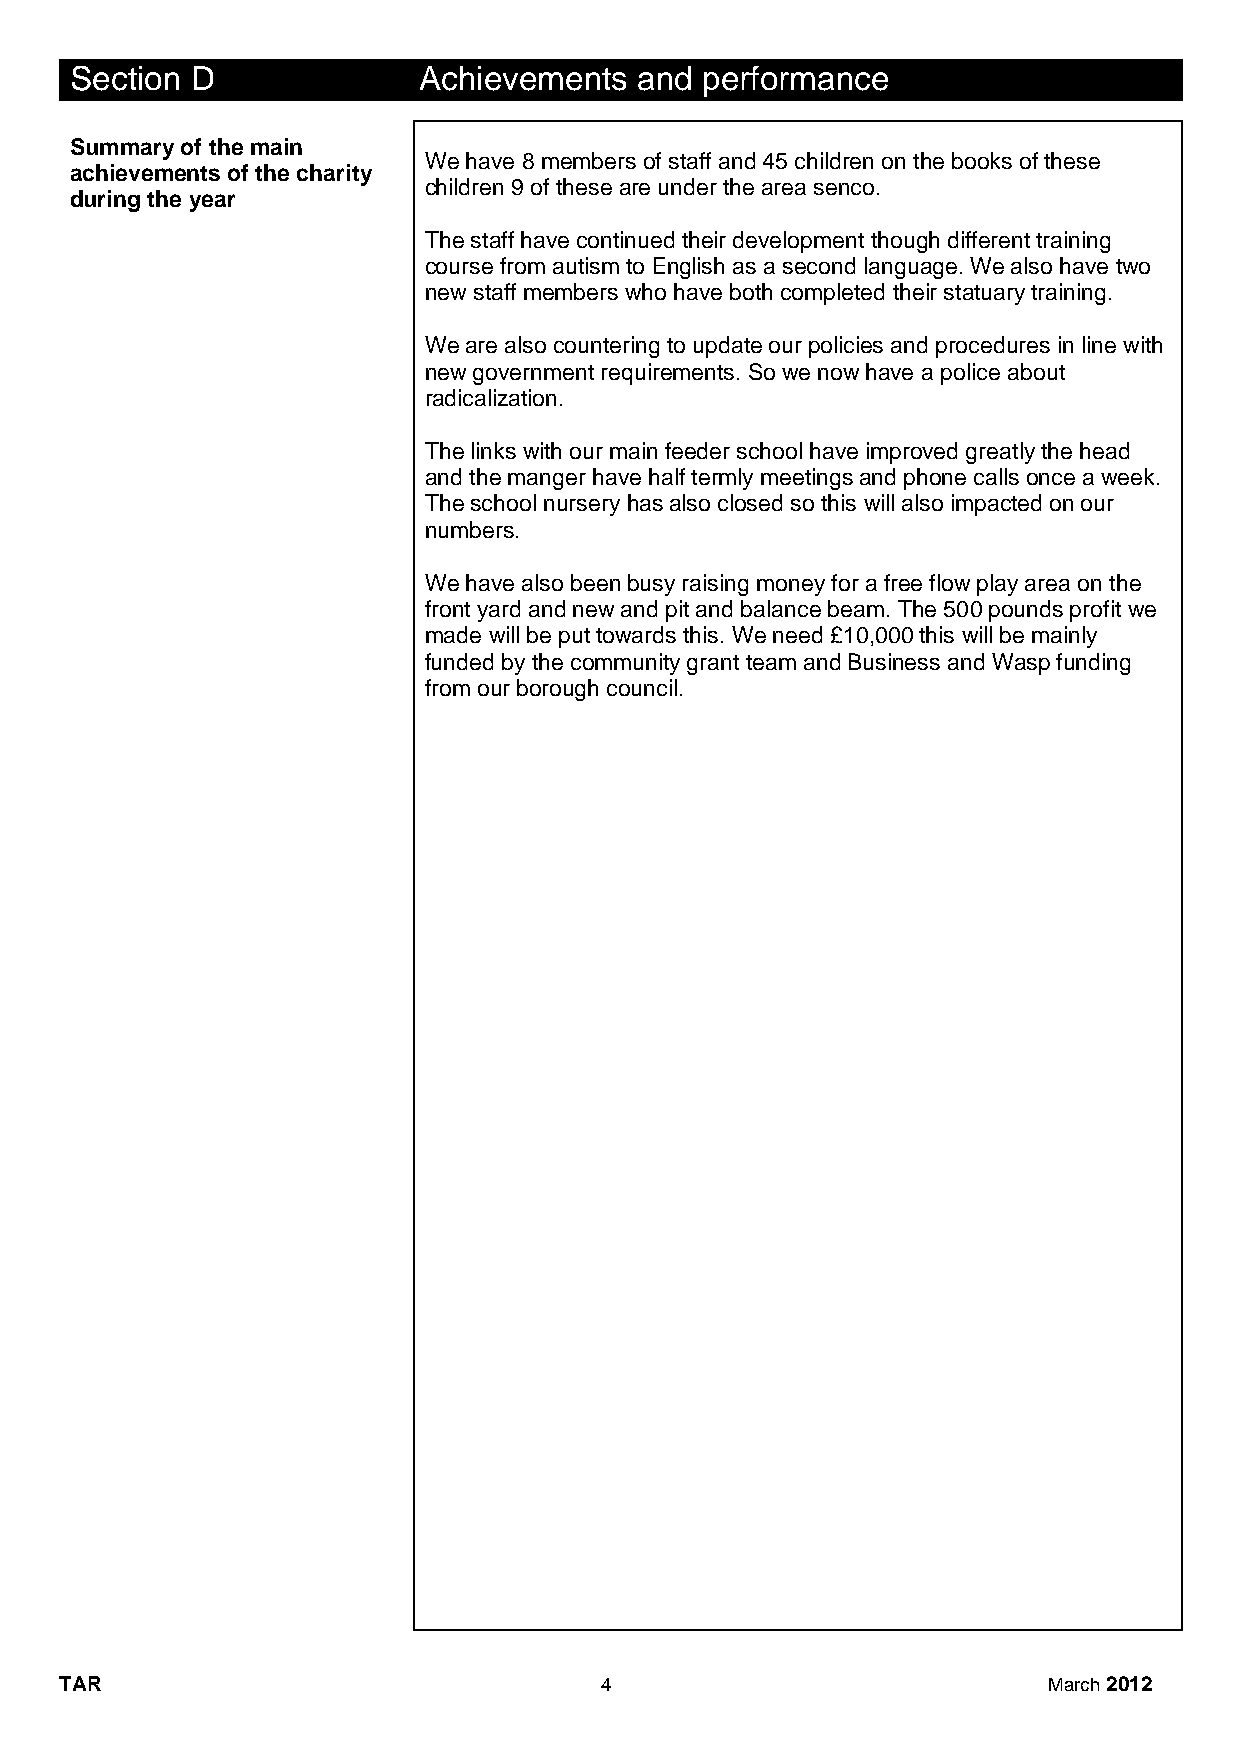
Section D              Achievements  and performance
 Summary of the main
 We have 8 members of staff and 45 children on the books of these
 achievements of the charity
 children 9 of these are under the area senco.
 during the year
 The staff have continued their development though different training
 course from autism to English as a second language. We also have two
 new staff members who have both completed their statuary training.
 We are also countering to update our policies and procedures in line with
 new government requirements. So we now have a police about
 radicalization.
 The links with our main feeder school have improved greatly the head
 and the manger have half termly meetings and phone calls once a week.
 The school nursery has also closed so this will also impacted on our
 numbers.
 We have also been busy raising money for a free flow play area on the
 front yard and new and pit and balance beam. The 500 pounds profit we
 made will be put towards this. We need £10,000 this will be mainly
 funded by the community grant team and Business and Wasp funding
 from our borough council.
 TAR                                 4                            March 2012